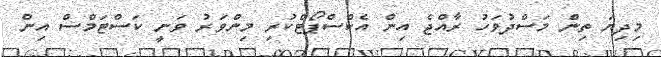
މިދިޔަ ތިން މަސްދުވަހު ރާއްޖެ އިން އެކްސްޕޯޓްކުރި މިންވަރު ވަނީ ކަސްޓަމްސް އިން